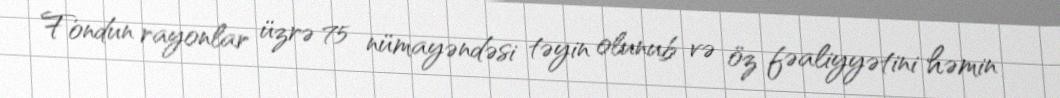
Fondun rayonlar üzrə 75 nümayəndəsi təyin olunub və öz fəaliyyətini həmin